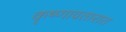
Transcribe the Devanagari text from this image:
कृष्णावतारात